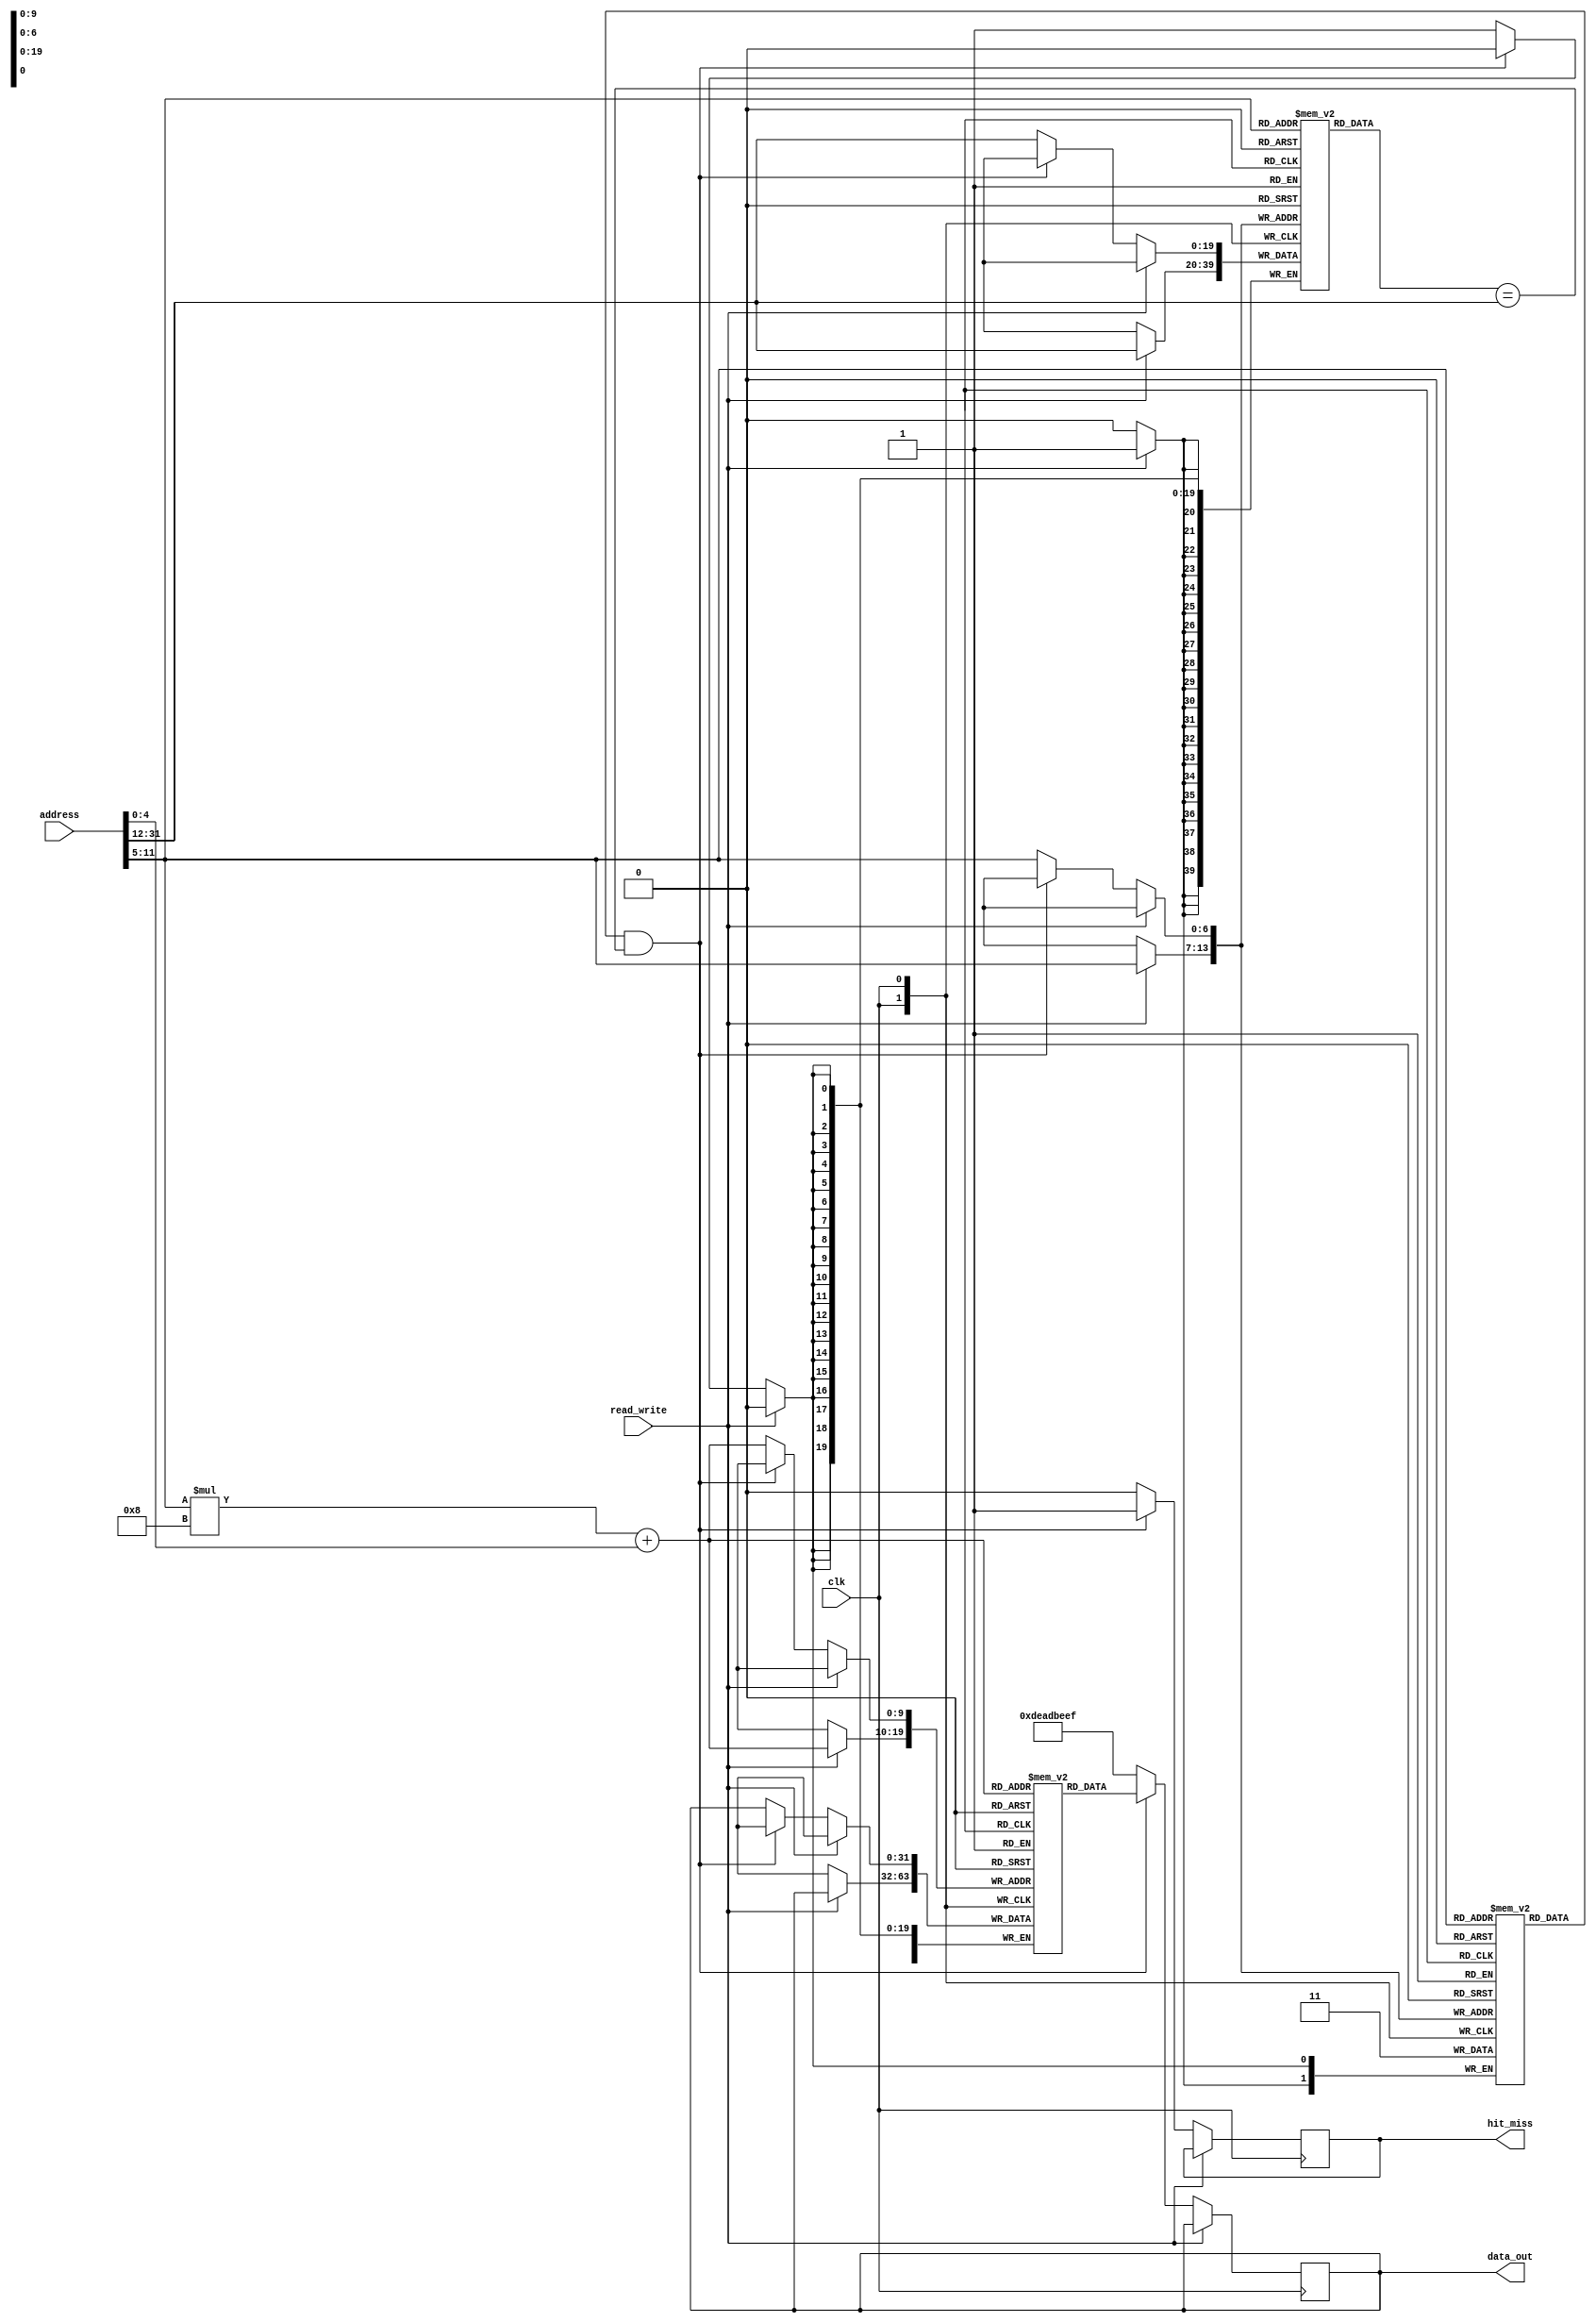
module InstructionCache #(
    parameter CACHE_SIZE = 4096, // Cache size in bytes
    parameter BLOCK_SIZE = 32,    // Block size in bytes
    parameter NUM_SETS = CACHE_SIZE / BLOCK_SIZE // Number of sets (direct-mapped)
)(
    input wire [31:0] address,    // Instruction address requested by the CPU
    input wire read_write,         // Read (0) or Write (1) control
    input wire clk,                // Clock signal
    output reg [31:0] data_out,    // Data output (instruction fetched from cache)
    output reg hit_miss            // Hit (1) or Miss (0) signal
);

    // Calculate number of bits for indexing
    localparam INDEX_BITS = $clog2(NUM_SETS);
    localparam OFFSET_BITS = $clog2(BLOCK_SIZE);
    localparam TAG_BITS = 32 - INDEX_BITS - OFFSET_BITS;

    // Cache structures
    reg [31:0] cache_data[0:NUM_SETS-1][0:BLOCK_SIZE/4-1]; // Cache data array
    reg [TAG_BITS-1:0] tag_array[0:NUM_SETS-1];             // Tag array
    reg valid[0:NUM_SETS-1];                                 // Valid bits
    reg dirty[0:NUM_SETS-1];                                 // Dirty bits (optional)

    // Address decomposition
    wire [TAG_BITS-1:0] tag = address[31:OFFSET_BITS + INDEX_BITS];
    wire [INDEX_BITS-1:0] index = address[OFFSET_BITS +: INDEX_BITS];
    wire [OFFSET_BITS-1:0] offset = address[OFFSET_BITS-1:0];

    always @(posedge clk) begin
        if (read_write == 0) begin // Read operation
            if (valid[index] && (tag_array[index] == tag)) begin
                // Cache hit
                data_out <= cache_data[index][offset];
                hit_miss <= 1'b1;
            end else begin
                // Cache miss
                hit_miss <= 1'b0;
                // Fetch from main memory (not implemented here)
                // For demonstration, we will just set data_out to a dummy value
                data_out <= 32'hDEADBEEF; // Placeholder for fetched data
                // Load data into cache (simple replacement policy)
                cache_data[index][offset] <= data_out; // Update cache
                tag_array[index] <= tag; // Update tag
                valid[index] <= 1'b1; // Mark as valid
            end
        end else begin // Write operation
            // Write-through policy (write to both cache and memory)
            cache_data[index][offset] <= data_out; // Update cache
            tag_array[index] <= tag; // Update tag
            valid[index] <= 1'b1; // Mark as valid
            dirty[index] <= 1'b0; // Not dirty in write-through
        end
    end

endmodule